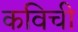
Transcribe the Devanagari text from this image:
कविची